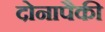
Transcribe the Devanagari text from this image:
दोनापैकी